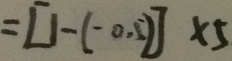
= [ 1 - ( - 0 . 5 ) ] \times 5